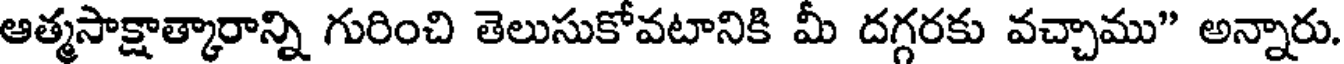
ఆత్మసాక్షాత్కారాన్ని గురించి తెలుసుకోవటానికి మీ దగ్గరకు వచ్చాము" అన్నారు.